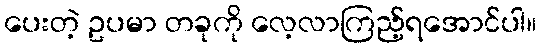
ပေးတဲ့ ဥပမာ တခုကို လေ့လာကြည့်ရအောင်ပါ။